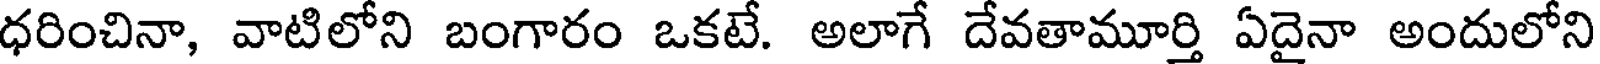
ధరించినా, వాటిలోని బంగారం ఒకటే. అలాగే దేవతామూర్తి ఏదైనా అందులోని